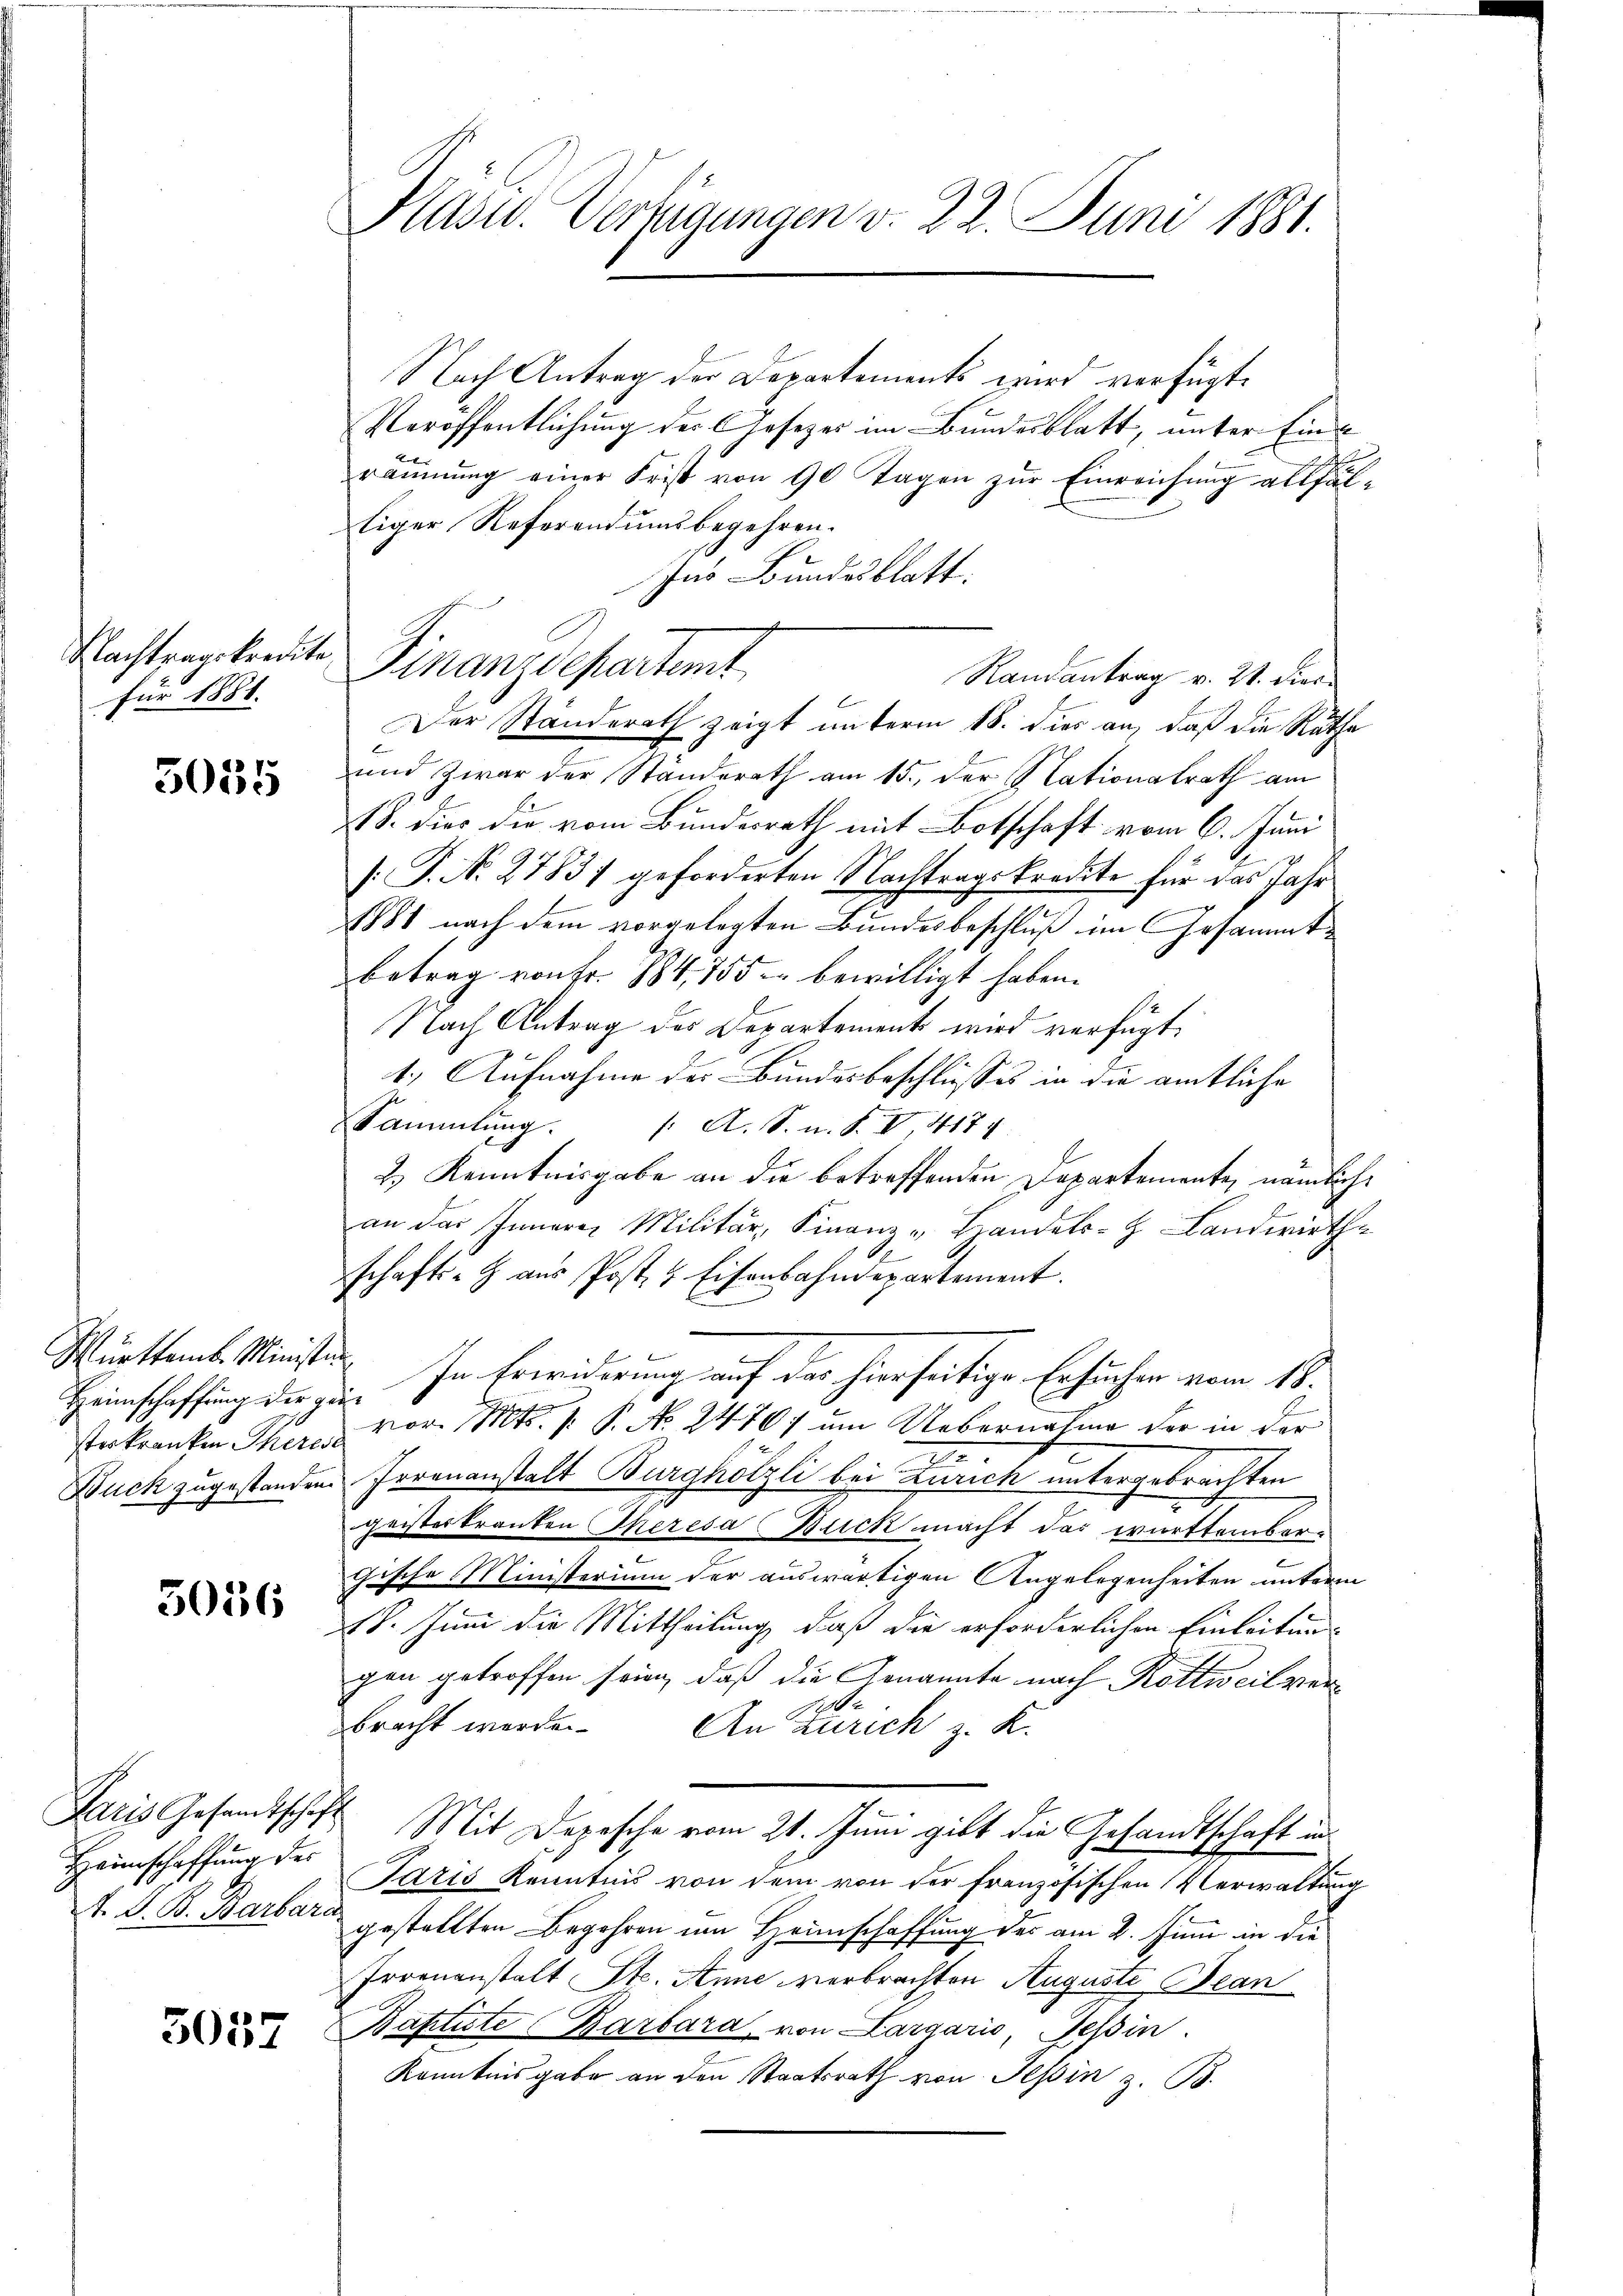
Nachtragskredite
Für 1888.

5035

Württemb. Minister
Heimschaffung der gesteskranken Theres
Duck zugestanden.

3036

Paris Gesandtschaft
Heimschaffung der
St. G. B. Barbara

5057

i

Klass. Verfügungen v. 22. Juni 1881.

Finanzdepartemt

Nach Antrag der Departements wird verfügt.
Veröffentlichung des Gesezes im Bundesblatt, unter Einräumung einer Frist von 90 Tagen zur Einreichung allfäl
tiger Referentumsbegehren.
Ins Bundesblatt.
Randantrag v. 21. dies
Der Standerath zeigt unterm 18. dies an, daß die Rathe
und zwar der Ständerath am 15., der Nationalrath am
18. dies die vom Bundesrath mit Botschaft vom 6. Juni
[P. No. 27831 geforderten Nachtragskredite für das Jahr
g
1881 nach dem vorgelegten Bundesbeschluß im Gesammtbetrag von Fr. 184, 755 bewilligt haben.
St
Nach Antrag des Departement wird verfügt
ti Aufnahme der Bundesbeschlusses in die amtliche
Sammlung.   A. S. n. F. V 417.
2.) Kenntnisgabe an die betreffenden Departemente, nämliche
an das Innere Militär, Finanz-Handels- Landwirthe
schafts-Z aŭs Post & Eisenbahndepartement.
In Erwiderung auf das hierseitige Ersuchen vom 18.
f
vor. Mt. P. P. No 2470 um Uebernahme der in der
1
Irrenanstalt Burghölzli bei Zürich untergebrachten
geisterkranken Theresa (Buck macht das württembergische Ministerium der auswärtigen Angelegenheiten unterm
18. Juni die Mittheilung, daß die erforderlichen Einleitung
gen getroffen sein, daß die Genannte nach Rottweil verbracht werde.
An Zürich z. K.
Mit Depesche vom 21. Juni gibt die Gesandtschaft in
Paris Kenntnis von dem von der französischen Verwaltung
gestellten Begehren im Heimschaffung des am 2. Juni in die
Irrenanstalt St. Anne verbrachten Auguste Bean
Baptiste Barbara von Largaris Teßin.
Kenntnisgabe an den Staatsrath von Tessin z. B.